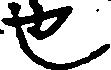
也